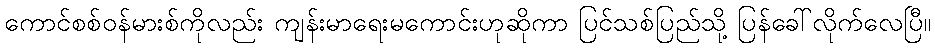
ကောင်စစ်ဝန်မားစ်ကိုလည်း ကျန်းမာရေးမကောင်းဟုဆိုကာ ပြင်သစ်ပြည်သို့ ပြန်ခေါ်လိုက်လေပြီ။